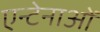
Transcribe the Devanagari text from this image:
एन्टेनाओं